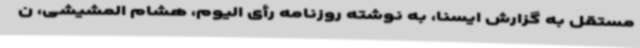
مستقل به گزارش ایسنا، به نوشته روزنامه رأی الیوم، هشام المشیشی، ن